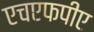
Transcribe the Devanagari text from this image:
एचएफपीए